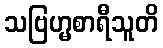
သဗြဟ္မစာရီသူတိ